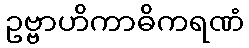
ဥဗ္ဗာဟိကာဓိကရဏံ